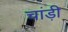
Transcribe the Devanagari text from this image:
चांड़ी